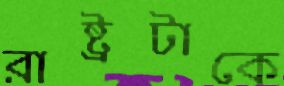
রাষ্ট্রটাকে